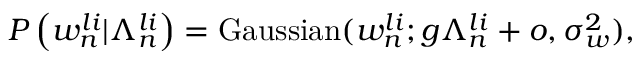
P \left( w _ { n } ^ { l i } | \Lambda _ { n } ^ { l i } \right) = \mathrm { G a u s s i a n } ( w _ { n } ^ { l i } ; g \Lambda _ { n } ^ { l i } + o , \sigma _ { w } ^ { 2 } ) ,